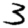
Digit: 3